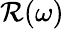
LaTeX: \mathcal{R}(\omega)